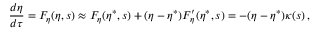
\frac { d \eta } { d \tau } = F _ { \eta } ( \eta , s ) \approx F _ { \eta } ( \eta ^ { \ast } , s ) + ( \eta - \eta ^ { \ast } ) F _ { \eta } ^ { \prime } ( \eta ^ { \ast } , s ) = - ( \eta - \eta ^ { \ast } ) \kappa ( s ) \, ,